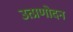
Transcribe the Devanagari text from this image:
उत्प्रणोदन